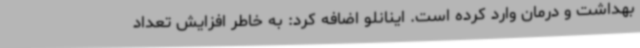
بهداشت و درمان وارد کرده است. اینانلو اضافه کرد: به خاطر افزایش تعداد